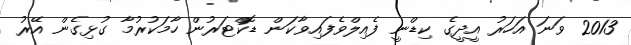
2013 ވަނަ އަހަރު އީދީގެ ކިޑްނީ ފެއިލްވެފައިވާކަން ޑޮކްޓަރުން ހާމަކުރުމާ ގުޅިގެން އޭރު